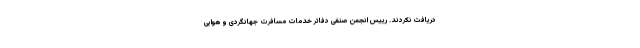
دریافت نکردند. رییس انجمن صنفی دفاتر خدمات مسافرت جهانگردی و هوایی